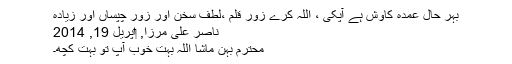
بہر حال عمدہ کاوش ہے آپکی ، اللہ کرے زورِ قلم ،لطفِ سخن اور زور چپساں اور زیادہ
ناصر علی مرزا, ‏اپریل 19, 2014
محترم بہن ماشا اللہ بہت خوب آپ تو بہت کچھ۔